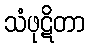
သံဖုဋိတာ